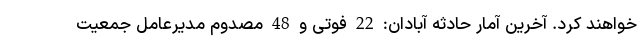
خواهند کرد. آخرین آمار حادثه آبادان: 22 فوتی و 48 مصدوم مدیرعامل جمعیت